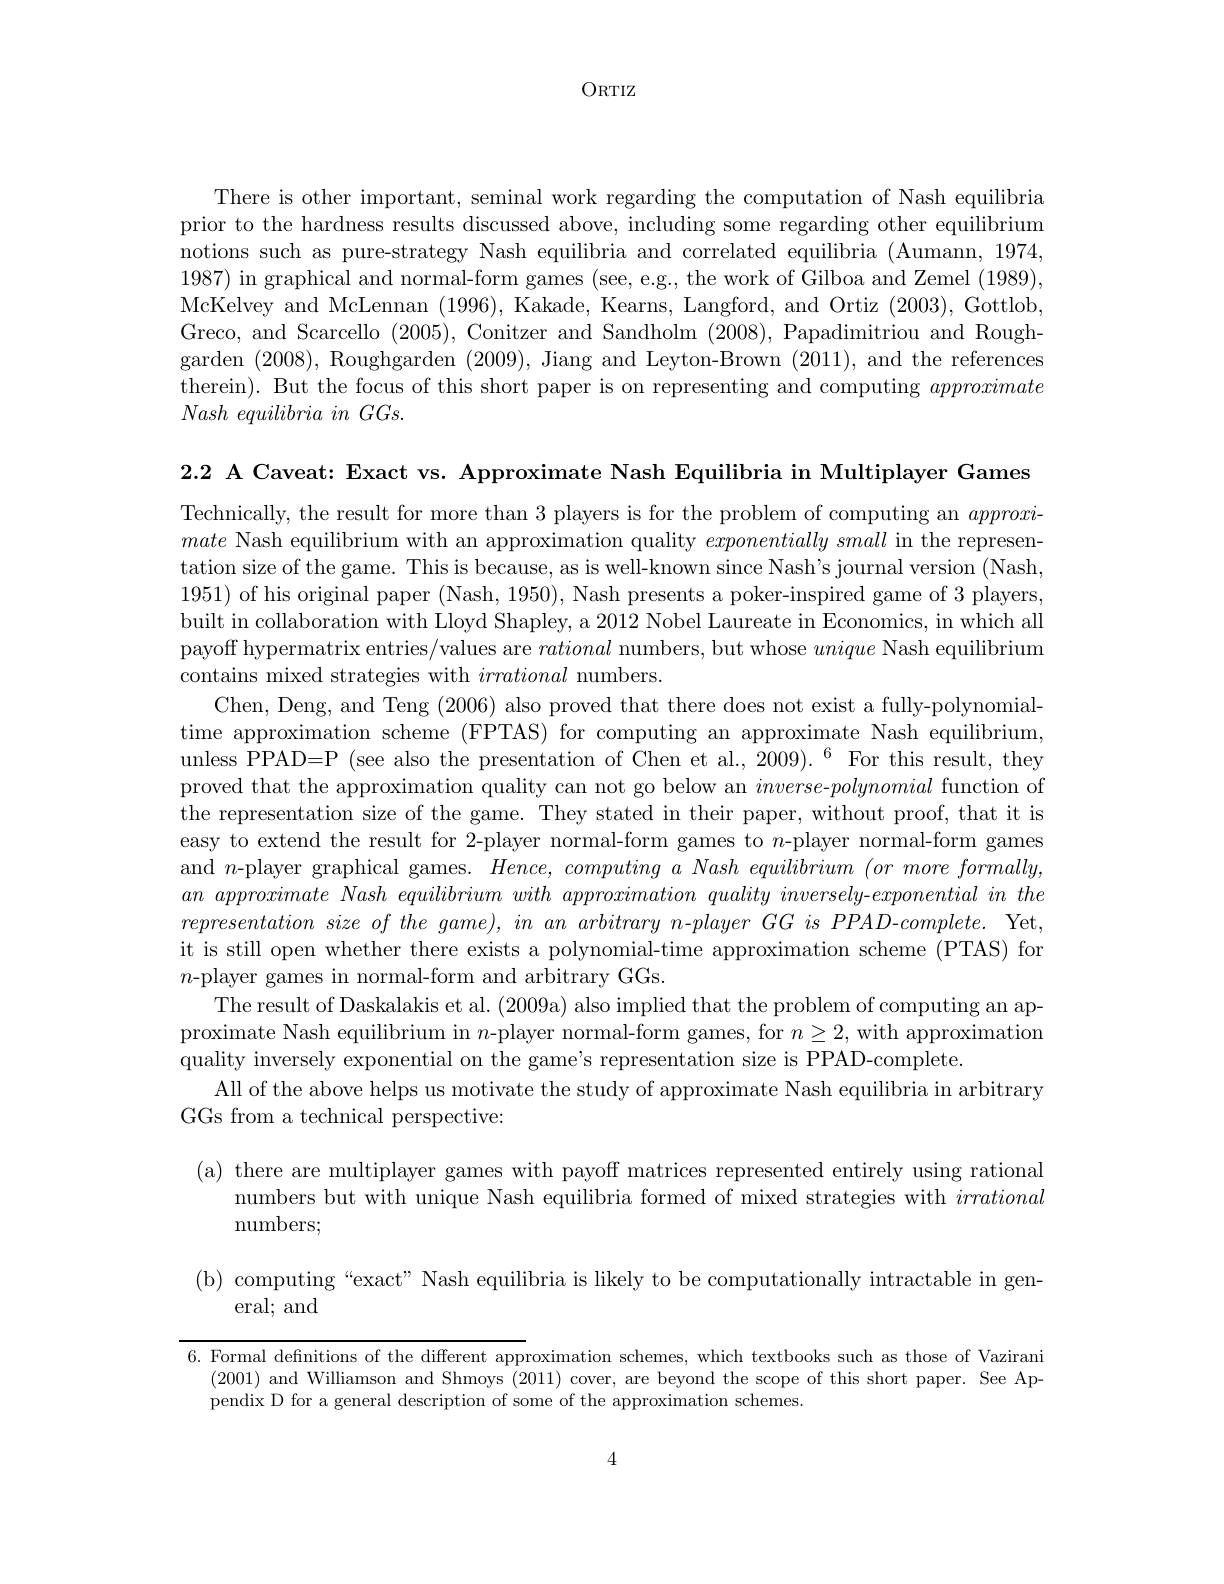
ORTIZ

There is other important, seminal work regarding the computation of Nash equilibria prior to the hardness results discussed above, including some regarding other equilibrium notions such as pure-strategy Nash equilibria and correlated equilibria (Aumann, 1974, 1987) in graphical and normal-form games (see, e.g., the work of Gilboa and Zemel (1989), McKelvey and McLennan (1996), Kakade, Kearns, Langford, and Ortiz (2003),Gottlob, Greco, and Scarcello (2005), Conitzer and Sandholm (2008), Papadimitriou and Roughgarden (2008),Roughgarden (2009),Jiang and Leyton-Brown (2011),and the references therein). But the focus of this short paper is on representing and computing approximate $Nash\textit{ equilibria in GGs. }$

2.2 A Caveat: Exact vs. Approximate Nash Equilibria in Multiplayer Games

Technically, the result for more than 3 players is for the problem of computing an approximate Nash equilibrium with an approximation quality $exponentially\textit{ small in the represen- }$ $\begin{array}{c}\text{tation size of the game. This is because, as is well-known since Nash's journal version (Nash,}\end{array}$ 1951) of his original paper (Nash, 1950), Nash presents a poker-inspired game of 3 players, built in collaboration with Lloyd Shapley, a 2012 Nobel Laureate in Economics, in which all payoff hypermatrix entries/values are rational numbers, but whose unique Nash equilibrium contains mixed strategies with irrational numbers.
Chen, Deng, and Teng (2006) also proved that there does not exist a fully-polynomialtime approximation scheme (FPTAS) for computing an approximate Nash equilibrium, unless PPAD=P (see also the presentation of Chen et al., 2009). $^{6}$ For this result, they proved that the approximation quality can not go below an inverse-polynomial function of the representation size of the game. They stated in their paper, without proof, that it is easy to extend the result for 2-player normal-form games to $n$-player normal-form games and $n$-player graphical games.$Hence,computingaNashequilibrium(ormoreformally$, $an\textit{ approximate Nash equilibrium with approximation quality inversely- exponential in the}$ $representation size of the game) , in an arbitrary n- player GG is PPAD- complete. $Yet, it is still open whether there exists a polynomial-time approximation scheme (PTAS) for $n$-player games in normal-form and arbitrary GGs.
The result of Daskalakis et al. (2009a) also implied that the problem of computing an approximate Nash equilibrium in $n$-player normal-form games, for $n\geq2$, with approximation quality inversely exponential on the game's representation size is PPAD-complete.
All of the above helps us motivate the study of approximate Nash equilibria in arbitrary
GGs from a technical perspective:

(a) there are multiplayer games with payoff matrices represented entirely using rational
numbers but with unique Nash equilibria formed of mixed strategies with irrational
numbers;

(b) computing “exact” Nash equilibria is likely to be computationally intractable in gen-

eral; and

6. Formal defnitions of the different approximation schemes, which textbooks such as those of Vazirani
(2001) and Williamson and Shmoys (2011) cover, are beyond the scope of this short paper. See Ap-
pendix D for a general description of some of the approximation schemes.

4